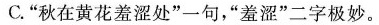
C.”秋在黄花羞涩处”一句，”羞涩”二字极妙。